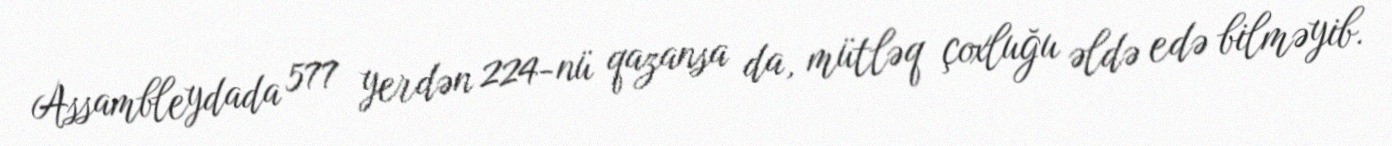
Assambleydada 577 yerdən 224-nü qazansa da, mütləq çoxluğu əldə edə bilməyib.